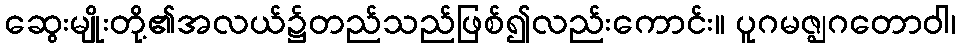
ဆွေးမျိုးတို့၏အလယ်၌တည်သည်ဖြစ်၍လည်းကောင်း။ ပူဂမဇ္ဈဂတောဝါ၊